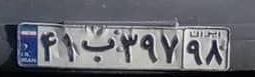
۴۱ب۳۹۷۹۸